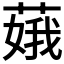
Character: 𦶥